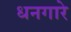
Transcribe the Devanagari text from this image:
धनगारे